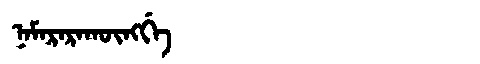
Manchu: ᠨᠠᠮᠠᡵᠠᡵᠠᡴᡡᠩᡤᡝ
Romanization: NAMARARAKŪNGGE